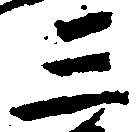
三